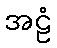
အဠံ